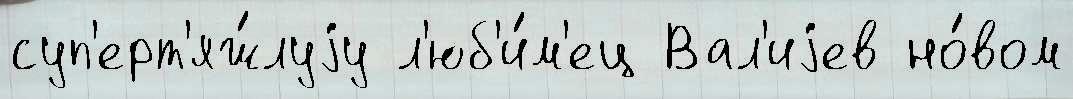
суп'ерт'яж́луjу л'юб'и́м'ец Вал'иjев но́вом